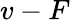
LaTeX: v-F